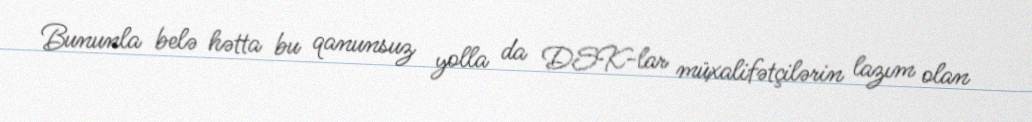
Bununla belə hətta bu qanunsuz yolla da DSK-lar müxalifətçilərin lazım olan